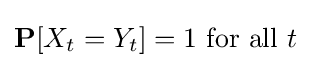
\mathbf {P} [X_{t}=Y_{t}]=1{\mbox{ for all }}t